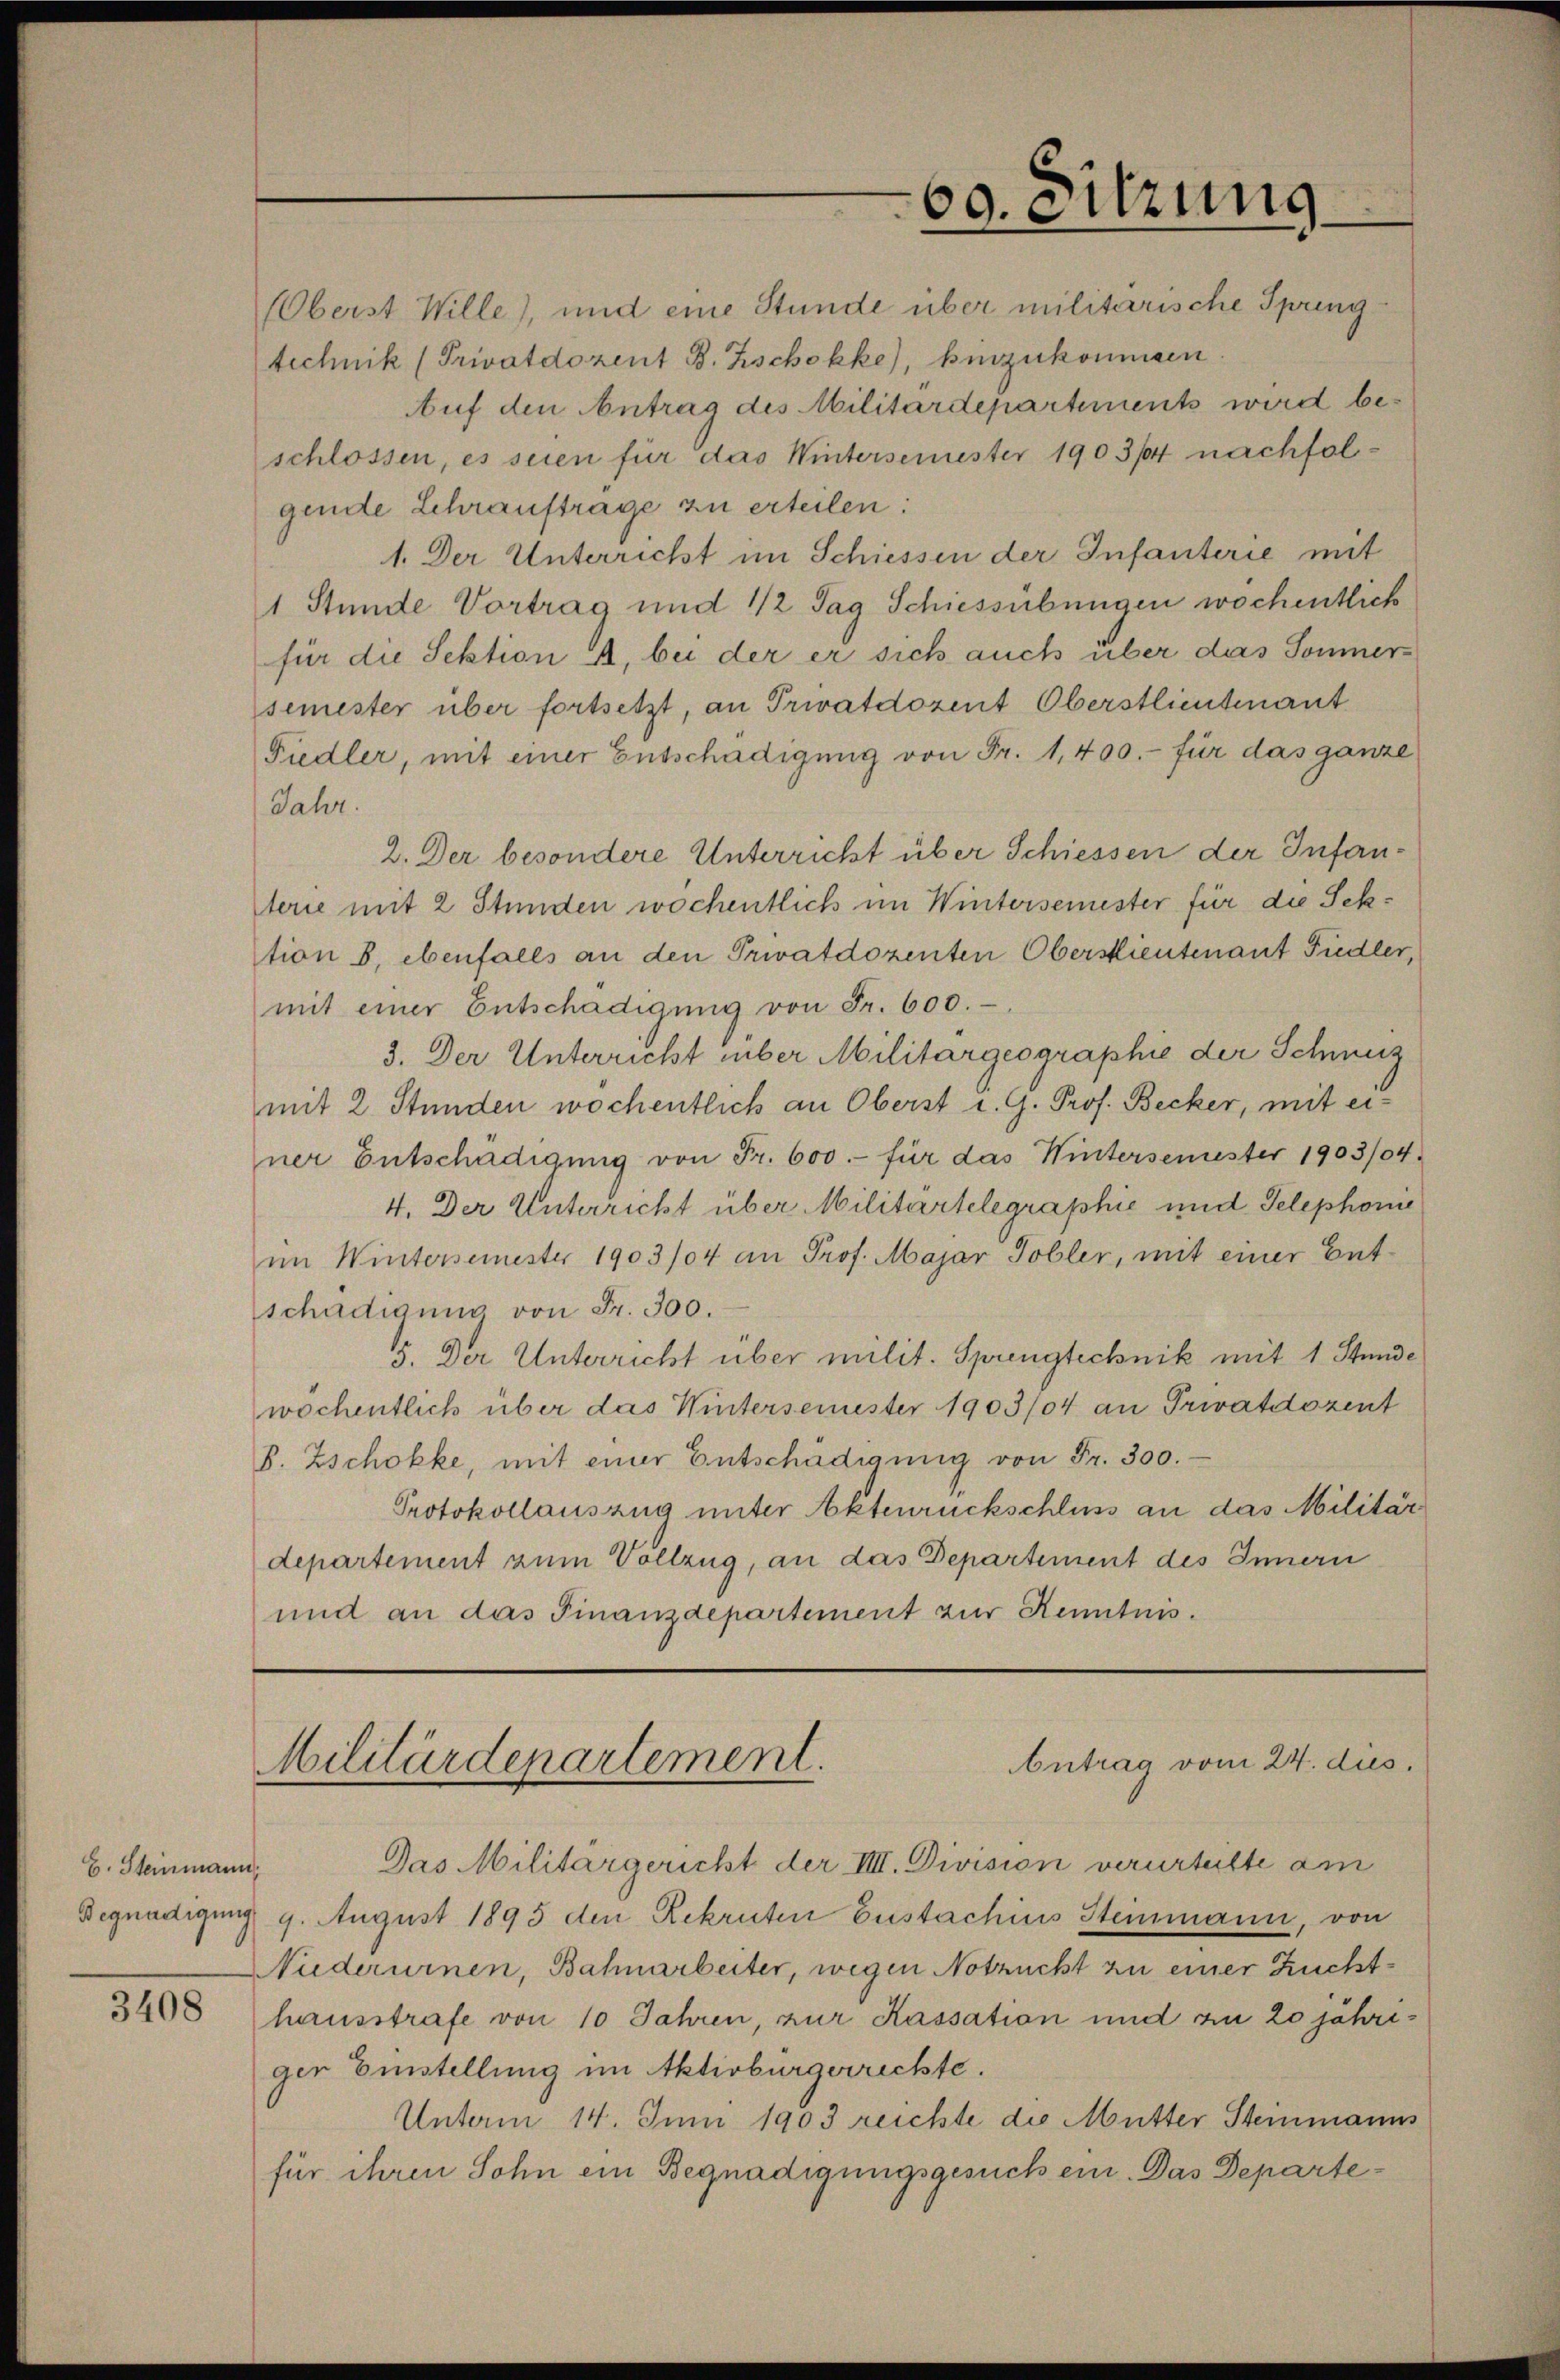
E. Steinmann,

3408

technik (Privatdozent B. Zschokke), hinzukommen
gende Lehrauftrage zu erteilen:

(Oberst Wille), und eine Stunde über militärische Spring¬
Auf den Antrag des Militärdepartements wird beschlossen, es seien für das Wintersemester 1903/4 nachfol¬
1. Der Unterricht im Schiessen der Infanterie mit
1 Stunde Vortrag und 1/2 Tag Schiessübungen wöchentlich
für die Sektion A. bei der er sich auch über das Sommersemester über fortsetzt, an Privatdozent Oberstlieutenant
Fiedler, mit einer Entschädigung von Fr. 1,400.- für das ganze
Jahr.
2. Der besondere Unterricht über Schiessen der Infanterie mit 2 Stunden wochentlich im Wintersemester für die Sektion B., ebenfalls an den Privatdozenten Oberstlieutenant Fiedler,
mit einer Entschädigung von Fr. 600.
3. Der Unterricht über Militärgeographie der Schmuz
mit 2 Stunden wochentlich an Oberst d. G. Prof. Becker, mit einer Entschädigung von Fr. 600.- für das Wintersemester 1903/04.
4. Der Unterricht über Militartelegraphie und Telephonie
im Wintersemester 1903/4 an Prof. Majar Tobler, mit einer Entschädigung von Fr. 300.
5. Der Unterricht über milit. Sprengtechnik mit 1 Stunde
wochentlich über das Wintersemester 1903/04 an Privatdozent
B. Zschokke, mit einer Entschädigung von Fr. 300.
Protokollauszug unter Aktenrückschluss an das Militär
departement zum Vollzug, an das Departement des Innern
und an das Finanzdepartement zur Kenntnis.

Das Militärgericht der IIII. Division verurteilte am
Begnadigung 9. August 1895 den Rekruten Eustachius Stemmann, von
Nuderurnen, Bahnarbeiter, wegen Notzucht zu einer Zuchthausstrafe von 10 Jahren, zur Kassation und an 20 jähriger Einstellung im Aktivbürgerrechte.
Unterm 14. Juni 1903 reichte die Mutter Steinmanns
für ihren Sohn ein Begnadigungsgesuch ein. Das Departe¬

60. Sitzung

Antrag vom 24. dies
Militärdepartement.